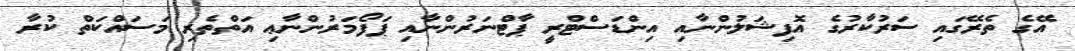
އޭގެ ތެރޭގައި ސަރުކާރުގެ އޮފިޝަލުންނާއި އިންޑަސްޓްރީ ޕާޓްނަރުންނާއި ޕަފޯމަރުންނާޢި އަތްތެރި މަސައްކަތް ކުރާ